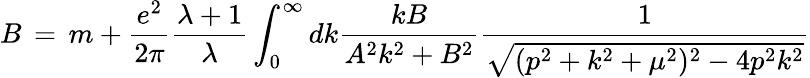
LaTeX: B\, =\, m+\frac{e^{2}}{2\pi}\frac{\lambda+1}{\lambda}\int_{0}^{\infty}dk\frac{kB}{A^{2}k^{2}+B^{2}}\frac{1}{\sqrt{(p^{2}+k^{2}+\mu^{2})^{2}-4p^{2}k^{2}}}